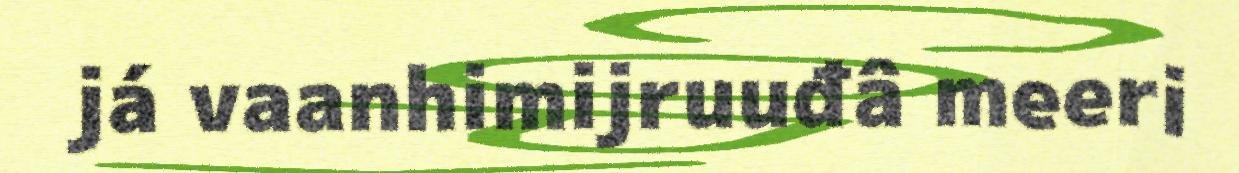
já vaanhimijruuđâ meeri